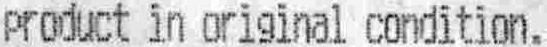
PRODUCT IN ORIGINAL CONDITION.